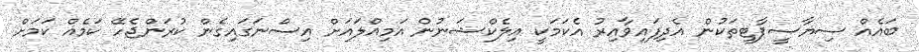
ބައެއް ސިޔާސީޕާޓީތަކުން އެދިފައިވާއިރު އެކަމަކީ އިލެކްޝަނުން އަމިއްލައަށް އިސްނަގައިގެން ކުރަންޖެހޭ ކަމެއް ކަމަށް